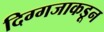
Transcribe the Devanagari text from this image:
दिग्गजाकडून